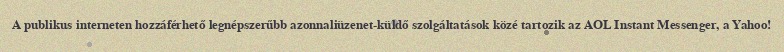
A publikus interneten hozzáférhető legnépszerűbb azonnaliüzenet-küldő szolgáltatások közé tartozik az AOL Instant Messenger, a Yahoo!